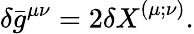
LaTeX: {}\delta\bar{g}^{\mu\nu}=2{\delta X}^{(\mu;\nu)}.